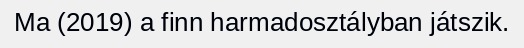
Ma (2019) a finn harmadosztályban játszik.